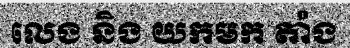
លេង និង យកមក តាំង